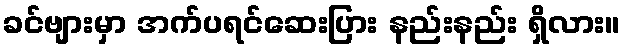
ခင်ဗျားမှာ အက်ပရင်ဆေးပြား နည်းနည်း ရှိလား။